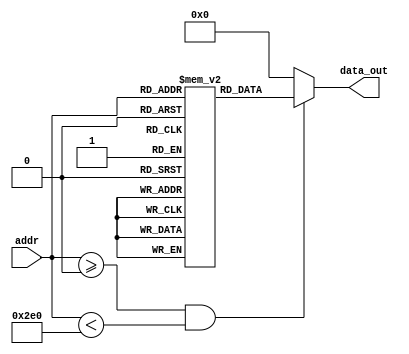
// ----------------------------------------------------------------------
//  HLS HDL:        Verilog Netlister
//  HLS Version:    2023.2/1059873 Production Release
//  HLS Date:       Mon Aug  7 10:54:31 PDT 2023
// 
//  Generated by:   r12016@cad40
//  Generated date: Thu Jun 13 03:09:42 2024
// ----------------------------------------------------------------------

// 
module UNET_IP_batchnorm_relumgc_rom_11_736_5_1 (addr, data_out
);
  input [9:0]addr ;
  output [4:0]data_out ;


  // Constants for ROM dimensions
  parameter n_width    = 5;
  parameter n_size     = 736;
  parameter n_numports = 1;
  parameter n_addr_w   = 10;
  parameter n_inreg    = 0;
  parameter n_outreg   = 0;

  // Declare storage for memory elements
  reg [4:0] mem [735:0];

  // Declare output registers
  reg [4:0] data_out_t;

  // Initialize ROM contents
  initial begin: rom_init_blk
    mem[0] <= 5'b10000;
    mem[1] <= 5'b01111;
    mem[2] <= 5'b10000;
    mem[3] <= 5'b01111;
    mem[4] <= 5'b01111;
    mem[5] <= 5'b10000;
    mem[6] <= 5'b01111;
    mem[7] <= 5'b01111;
    mem[8] <= 5'b10000;
    mem[9] <= 5'b01111;
    mem[10] <= 5'b01111;
    mem[11] <= 5'b01111;
    mem[12] <= 5'b10000;
    mem[13] <= 5'b01111;
    mem[14] <= 5'b01111;
    mem[15] <= 5'b01111;
    mem[16] <= 5'b10000;
    mem[17] <= 5'b01111;
    mem[18] <= 5'b01111;
    mem[19] <= 5'b10000;
    mem[20] <= 5'b10000;
    mem[21] <= 5'b01111;
    mem[22] <= 5'b10000;
    mem[23] <= 5'b01111;
    mem[24] <= 5'b01111;
    mem[25] <= 5'b10000;
    mem[26] <= 5'b10000;
    mem[27] <= 5'b01111;
    mem[28] <= 5'b01111;
    mem[29] <= 5'b10000;
    mem[30] <= 5'b10000;
    mem[31] <= 5'b10000;
    mem[32] <= 5'b01111;
    mem[33] <= 5'b10000;
    mem[34] <= 5'b01111;
    mem[35] <= 5'b10000;
    mem[36] <= 5'b10000;
    mem[37] <= 5'b01111;
    mem[38] <= 5'b01111;
    mem[39] <= 5'b10000;
    mem[40] <= 5'b10000;
    mem[41] <= 5'b10000;
    mem[42] <= 5'b10000;
    mem[43] <= 5'b10000;
    mem[44] <= 5'b10000;
    mem[45] <= 5'b10000;
    mem[46] <= 5'b01111;
    mem[47] <= 5'b01111;
    mem[48] <= 5'b01111;
    mem[49] <= 5'b01111;
    mem[50] <= 5'b10000;
    mem[51] <= 5'b10000;
    mem[52] <= 5'b10000;
    mem[53] <= 5'b10000;
    mem[54] <= 5'b01111;
    mem[55] <= 5'b01111;
    mem[56] <= 5'b10000;
    mem[57] <= 5'b10000;
    mem[58] <= 5'b10000;
    mem[59] <= 5'b10000;
    mem[60] <= 5'b01111;
    mem[61] <= 5'b10000;
    mem[62] <= 5'b10000;
    mem[63] <= 5'b10000;
    mem[64] <= 5'b01111;
    mem[65] <= 5'b01111;
    mem[66] <= 5'b01111;
    mem[67] <= 5'b10000;
    mem[68] <= 5'b01111;
    mem[69] <= 5'b10000;
    mem[70] <= 5'b10000;
    mem[71] <= 5'b01111;
    mem[72] <= 5'b10000;
    mem[73] <= 5'b01111;
    mem[74] <= 5'b01111;
    mem[75] <= 5'b10000;
    mem[76] <= 5'b10000;
    mem[77] <= 5'b01111;
    mem[78] <= 5'b10000;
    mem[79] <= 5'b10000;
    mem[80] <= 5'b10000;
    mem[81] <= 5'b01111;
    mem[82] <= 5'b10000;
    mem[83] <= 5'b10000;
    mem[84] <= 5'b01111;
    mem[85] <= 5'b01111;
    mem[86] <= 5'b10000;
    mem[87] <= 5'b01111;
    mem[88] <= 5'b10000;
    mem[89] <= 5'b10000;
    mem[90] <= 5'b01111;
    mem[91] <= 5'b10000;
    mem[92] <= 5'b01111;
    mem[93] <= 5'b10000;
    mem[94] <= 5'b10000;
    mem[95] <= 5'b01111;
    mem[96] <= 5'b10000;
    mem[97] <= 5'b01111;
    mem[98] <= 5'b01111;
    mem[99] <= 5'b01111;
    mem[100] <= 5'b10000;
    mem[101] <= 5'b01111;
    mem[102] <= 5'b10000;
    mem[103] <= 5'b01111;
    mem[104] <= 5'b10000;
    mem[105] <= 5'b01111;
    mem[106] <= 5'b01111;
    mem[107] <= 5'b10000;
    mem[108] <= 5'b10000;
    mem[109] <= 5'b01111;
    mem[110] <= 5'b10000;
    mem[111] <= 5'b10000;
    mem[112] <= 5'b10000;
    mem[113] <= 5'b10000;
    mem[114] <= 5'b01111;
    mem[115] <= 5'b01111;
    mem[116] <= 5'b10000;
    mem[117] <= 5'b10000;
    mem[118] <= 5'b10000;
    mem[119] <= 5'b01111;
    mem[120] <= 5'b01111;
    mem[121] <= 5'b01111;
    mem[122] <= 5'b10000;
    mem[123] <= 5'b01111;
    mem[124] <= 5'b01111;
    mem[125] <= 5'b01111;
    mem[126] <= 5'b10000;
    mem[127] <= 5'b10000;
    mem[128] <= 5'b01111;
    mem[129] <= 5'b10000;
    mem[130] <= 5'b10000;
    mem[131] <= 5'b10000;
    mem[132] <= 5'b10000;
    mem[133] <= 5'b10000;
    mem[134] <= 5'b10000;
    mem[135] <= 5'b01111;
    mem[136] <= 5'b01111;
    mem[137] <= 5'b10000;
    mem[138] <= 5'b01111;
    mem[139] <= 5'b10000;
    mem[140] <= 5'b10000;
    mem[141] <= 5'b01111;
    mem[142] <= 5'b01111;
    mem[143] <= 5'b10000;
    mem[144] <= 5'b01111;
    mem[145] <= 5'b10000;
    mem[146] <= 5'b01111;
    mem[147] <= 5'b10000;
    mem[148] <= 5'b01111;
    mem[149] <= 5'b01111;
    mem[150] <= 5'b01111;
    mem[151] <= 5'b10000;
    mem[152] <= 5'b01111;
    mem[153] <= 5'b01111;
    mem[154] <= 5'b01111;
    mem[155] <= 5'b10000;
    mem[156] <= 5'b01111;
    mem[157] <= 5'b10000;
    mem[158] <= 5'b01111;
    mem[159] <= 5'b01111;
    mem[160] <= 5'b10000;
    mem[161] <= 5'b01111;
    mem[162] <= 5'b01111;
    mem[163] <= 5'b10000;
    mem[164] <= 5'b01111;
    mem[165] <= 5'b10000;
    mem[166] <= 5'b10000;
    mem[167] <= 5'b01111;
    mem[168] <= 5'b01111;
    mem[169] <= 5'b10000;
    mem[170] <= 5'b10000;
    mem[171] <= 5'b01111;
    mem[172] <= 5'b01111;
    mem[173] <= 5'b01111;
    mem[174] <= 5'b01111;
    mem[175] <= 5'b10000;
    mem[176] <= 5'b10000;
    mem[177] <= 5'b01111;
    mem[178] <= 5'b01111;
    mem[179] <= 5'b01111;
    mem[180] <= 5'b01111;
    mem[181] <= 5'b10000;
    mem[182] <= 5'b01111;
    mem[183] <= 5'b01111;
    mem[184] <= 5'b10000;
    mem[185] <= 5'b10000;
    mem[186] <= 5'b10000;
    mem[187] <= 5'b01111;
    mem[188] <= 5'b01111;
    mem[189] <= 5'b10000;
    mem[190] <= 5'b10000;
    mem[191] <= 5'b01111;
    mem[192] <= 5'b01111;
    mem[193] <= 5'b10000;
    mem[194] <= 5'b01111;
    mem[195] <= 5'b01111;
    mem[196] <= 5'b01111;
    mem[197] <= 5'b10000;
    mem[198] <= 5'b10000;
    mem[199] <= 5'b01111;
    mem[200] <= 5'b01111;
    mem[201] <= 5'b01111;
    mem[202] <= 5'b01111;
    mem[203] <= 5'b01111;
    mem[204] <= 5'b10000;
    mem[205] <= 5'b01111;
    mem[206] <= 5'b01111;
    mem[207] <= 5'b10000;
    mem[208] <= 5'b10000;
    mem[209] <= 5'b01111;
    mem[210] <= 5'b10000;
    mem[211] <= 5'b01111;
    mem[212] <= 5'b10000;
    mem[213] <= 5'b10000;
    mem[214] <= 5'b01111;
    mem[215] <= 5'b01111;
    mem[216] <= 5'b01111;
    mem[217] <= 5'b01111;
    mem[218] <= 5'b10000;
    mem[219] <= 5'b01111;
    mem[220] <= 5'b10000;
    mem[221] <= 5'b01111;
    mem[222] <= 5'b01111;
    mem[223] <= 5'b01111;
    mem[224] <= 5'b01111;
    mem[225] <= 5'b10000;
    mem[226] <= 5'b01111;
    mem[227] <= 5'b10000;
    mem[228] <= 5'b01111;
    mem[229] <= 5'b10000;
    mem[230] <= 5'b01111;
    mem[231] <= 5'b10000;
    mem[232] <= 5'b10000;
    mem[233] <= 5'b01111;
    mem[234] <= 5'b01111;
    mem[235] <= 5'b01111;
    mem[236] <= 5'b01111;
    mem[237] <= 5'b01111;
    mem[238] <= 5'b01111;
    mem[239] <= 5'b10000;
    mem[240] <= 5'b01111;
    mem[241] <= 5'b01111;
    mem[242] <= 5'b01111;
    mem[243] <= 5'b01111;
    mem[244] <= 5'b10000;
    mem[245] <= 5'b01111;
    mem[246] <= 5'b01111;
    mem[247] <= 5'b10000;
    mem[248] <= 5'b01111;
    mem[249] <= 5'b01111;
    mem[250] <= 5'b01111;
    mem[251] <= 5'b10000;
    mem[252] <= 5'b10000;
    mem[253] <= 5'b01111;
    mem[254] <= 5'b01111;
    mem[255] <= 5'b01111;
    mem[256] <= 5'b01111;
    mem[257] <= 5'b01111;
    mem[258] <= 5'b01111;
    mem[259] <= 5'b10000;
    mem[260] <= 5'b01111;
    mem[261] <= 5'b01111;
    mem[262] <= 5'b01111;
    mem[263] <= 5'b10000;
    mem[264] <= 5'b10000;
    mem[265] <= 5'b01111;
    mem[266] <= 5'b01111;
    mem[267] <= 5'b01111;
    mem[268] <= 5'b01111;
    mem[269] <= 5'b01111;
    mem[270] <= 5'b01111;
    mem[271] <= 5'b01111;
    mem[272] <= 5'b01111;
    mem[273] <= 5'b10000;
    mem[274] <= 5'b01111;
    mem[275] <= 5'b01111;
    mem[276] <= 5'b01111;
    mem[277] <= 5'b01111;
    mem[278] <= 5'b01111;
    mem[279] <= 5'b10000;
    mem[280] <= 5'b01111;
    mem[281] <= 5'b01111;
    mem[282] <= 5'b01111;
    mem[283] <= 5'b01111;
    mem[284] <= 5'b01111;
    mem[285] <= 5'b01111;
    mem[286] <= 5'b01111;
    mem[287] <= 5'b01111;
    mem[288] <= 5'b01111;
    mem[289] <= 5'b01111;
    mem[290] <= 5'b01111;
    mem[291] <= 5'b01111;
    mem[292] <= 5'b10000;
    mem[293] <= 5'b01111;
    mem[294] <= 5'b01111;
    mem[295] <= 5'b01111;
    mem[296] <= 5'b10000;
    mem[297] <= 5'b10000;
    mem[298] <= 5'b10000;
    mem[299] <= 5'b01111;
    mem[300] <= 5'b01111;
    mem[301] <= 5'b01111;
    mem[302] <= 5'b10000;
    mem[303] <= 5'b10000;
    mem[304] <= 5'b01111;
    mem[305] <= 5'b10000;
    mem[306] <= 5'b10000;
    mem[307] <= 5'b01111;
    mem[308] <= 5'b10000;
    mem[309] <= 5'b01111;
    mem[310] <= 5'b10000;
    mem[311] <= 5'b10000;
    mem[312] <= 5'b01111;
    mem[313] <= 5'b01111;
    mem[314] <= 5'b10000;
    mem[315] <= 5'b01111;
    mem[316] <= 5'b01111;
    mem[317] <= 5'b01111;
    mem[318] <= 5'b01111;
    mem[319] <= 5'b10000;
    mem[320] <= 5'b01111;
    mem[321] <= 5'b10000;
    mem[322] <= 5'b01111;
    mem[323] <= 5'b01111;
    mem[324] <= 5'b10000;
    mem[325] <= 5'b01111;
    mem[326] <= 5'b01111;
    mem[327] <= 5'b01111;
    mem[328] <= 5'b01111;
    mem[329] <= 5'b01111;
    mem[330] <= 5'b01111;
    mem[331] <= 5'b01111;
    mem[332] <= 5'b10000;
    mem[333] <= 5'b01111;
    mem[334] <= 5'b10000;
    mem[335] <= 5'b01111;
    mem[336] <= 5'b01111;
    mem[337] <= 5'b01111;
    mem[338] <= 5'b10000;
    mem[339] <= 5'b01111;
    mem[340] <= 5'b10000;
    mem[341] <= 5'b01111;
    mem[342] <= 5'b01111;
    mem[343] <= 5'b01111;
    mem[344] <= 5'b01111;
    mem[345] <= 5'b10000;
    mem[346] <= 5'b01111;
    mem[347] <= 5'b01111;
    mem[348] <= 5'b01111;
    mem[349] <= 5'b01111;
    mem[350] <= 5'b01111;
    mem[351] <= 5'b01111;
    mem[352] <= 5'b01111;
    mem[353] <= 5'b01111;
    mem[354] <= 5'b01111;
    mem[355] <= 5'b10000;
    mem[356] <= 5'b01111;
    mem[357] <= 5'b01111;
    mem[358] <= 5'b01111;
    mem[359] <= 5'b10000;
    mem[360] <= 5'b01111;
    mem[361] <= 5'b10000;
    mem[362] <= 5'b10000;
    mem[363] <= 5'b01111;
    mem[364] <= 5'b01111;
    mem[365] <= 5'b01111;
    mem[366] <= 5'b01111;
    mem[367] <= 5'b10000;
    mem[368] <= 5'b01111;
    mem[369] <= 5'b10000;
    mem[370] <= 5'b01111;
    mem[371] <= 5'b01111;
    mem[372] <= 5'b01111;
    mem[373] <= 5'b01111;
    mem[374] <= 5'b01111;
    mem[375] <= 5'b01111;
    mem[376] <= 5'b01111;
    mem[377] <= 5'b01111;
    mem[378] <= 5'b10000;
    mem[379] <= 5'b10000;
    mem[380] <= 5'b01111;
    mem[381] <= 5'b01111;
    mem[382] <= 5'b10000;
    mem[383] <= 5'b01111;
    mem[384] <= 5'b01111;
    mem[385] <= 5'b01111;
    mem[386] <= 5'b01111;
    mem[387] <= 5'b01111;
    mem[388] <= 5'b01111;
    mem[389] <= 5'b10000;
    mem[390] <= 5'b01111;
    mem[391] <= 5'b10000;
    mem[392] <= 5'b01111;
    mem[393] <= 5'b01111;
    mem[394] <= 5'b01111;
    mem[395] <= 5'b01111;
    mem[396] <= 5'b01111;
    mem[397] <= 5'b01111;
    mem[398] <= 5'b01111;
    mem[399] <= 5'b01111;
    mem[400] <= 5'b01111;
    mem[401] <= 5'b01111;
    mem[402] <= 5'b01111;
    mem[403] <= 5'b10000;
    mem[404] <= 5'b01111;
    mem[405] <= 5'b01111;
    mem[406] <= 5'b01111;
    mem[407] <= 5'b10000;
    mem[408] <= 5'b01111;
    mem[409] <= 5'b01111;
    mem[410] <= 5'b01111;
    mem[411] <= 5'b01111;
    mem[412] <= 5'b10000;
    mem[413] <= 5'b01111;
    mem[414] <= 5'b01111;
    mem[415] <= 5'b10000;
    mem[416] <= 5'b01111;
    mem[417] <= 5'b10000;
    mem[418] <= 5'b10000;
    mem[419] <= 5'b10000;
    mem[420] <= 5'b10000;
    mem[421] <= 5'b10000;
    mem[422] <= 5'b01111;
    mem[423] <= 5'b01111;
    mem[424] <= 5'b01111;
    mem[425] <= 5'b01111;
    mem[426] <= 5'b01111;
    mem[427] <= 5'b10000;
    mem[428] <= 5'b01111;
    mem[429] <= 5'b01111;
    mem[430] <= 5'b01111;
    mem[431] <= 5'b01111;
    mem[432] <= 5'b01111;
    mem[433] <= 5'b01111;
    mem[434] <= 5'b01111;
    mem[435] <= 5'b10000;
    mem[436] <= 5'b01111;
    mem[437] <= 5'b01111;
    mem[438] <= 5'b01111;
    mem[439] <= 5'b01111;
    mem[440] <= 5'b10000;
    mem[441] <= 5'b01111;
    mem[442] <= 5'b01111;
    mem[443] <= 5'b10000;
    mem[444] <= 5'b01111;
    mem[445] <= 5'b01111;
    mem[446] <= 5'b01111;
    mem[447] <= 5'b01111;
    mem[448] <= 5'b01111;
    mem[449] <= 5'b01111;
    mem[450] <= 5'b01111;
    mem[451] <= 5'b01111;
    mem[452] <= 5'b01111;
    mem[453] <= 5'b01111;
    mem[454] <= 5'b01111;
    mem[455] <= 5'b01111;
    mem[456] <= 5'b01111;
    mem[457] <= 5'b10000;
    mem[458] <= 5'b10000;
    mem[459] <= 5'b10000;
    mem[460] <= 5'b01111;
    mem[461] <= 5'b01111;
    mem[462] <= 5'b01111;
    mem[463] <= 5'b10000;
    mem[464] <= 5'b01111;
    mem[465] <= 5'b01111;
    mem[466] <= 5'b10000;
    mem[467] <= 5'b01111;
    mem[468] <= 5'b01111;
    mem[469] <= 5'b10000;
    mem[470] <= 5'b01111;
    mem[471] <= 5'b01111;
    mem[472] <= 5'b01111;
    mem[473] <= 5'b01111;
    mem[474] <= 5'b01111;
    mem[475] <= 5'b01111;
    mem[476] <= 5'b01111;
    mem[477] <= 5'b01111;
    mem[478] <= 5'b01111;
    mem[479] <= 5'b01111;
    mem[480] <= 5'b01111;
    mem[481] <= 5'b01111;
    mem[482] <= 5'b01111;
    mem[483] <= 5'b01111;
    mem[484] <= 5'b01111;
    mem[485] <= 5'b01111;
    mem[486] <= 5'b01111;
    mem[487] <= 5'b01111;
    mem[488] <= 5'b10000;
    mem[489] <= 5'b10000;
    mem[490] <= 5'b01111;
    mem[491] <= 5'b01111;
    mem[492] <= 5'b01111;
    mem[493] <= 5'b01111;
    mem[494] <= 5'b01111;
    mem[495] <= 5'b01111;
    mem[496] <= 5'b01111;
    mem[497] <= 5'b10000;
    mem[498] <= 5'b01111;
    mem[499] <= 5'b01111;
    mem[500] <= 5'b01111;
    mem[501] <= 5'b10000;
    mem[502] <= 5'b10000;
    mem[503] <= 5'b01111;
    mem[504] <= 5'b01111;
    mem[505] <= 5'b01111;
    mem[506] <= 5'b01111;
    mem[507] <= 5'b10000;
    mem[508] <= 5'b01111;
    mem[509] <= 5'b10000;
    mem[510] <= 5'b01111;
    mem[511] <= 5'b10000;
    mem[512] <= 5'b10000;
    mem[513] <= 5'b10000;
    mem[514] <= 5'b10000;
    mem[515] <= 5'b01111;
    mem[516] <= 5'b01111;
    mem[517] <= 5'b10000;
    mem[518] <= 5'b01111;
    mem[519] <= 5'b10000;
    mem[520] <= 5'b10000;
    mem[521] <= 5'b10000;
    mem[522] <= 5'b10000;
    mem[523] <= 5'b01111;
    mem[524] <= 5'b01111;
    mem[525] <= 5'b10000;
    mem[526] <= 5'b10000;
    mem[527] <= 5'b01111;
    mem[528] <= 5'b10000;
    mem[529] <= 5'b10000;
    mem[530] <= 5'b01111;
    mem[531] <= 5'b10000;
    mem[532] <= 5'b01111;
    mem[533] <= 5'b10000;
    mem[534] <= 5'b01111;
    mem[535] <= 5'b01111;
    mem[536] <= 5'b01111;
    mem[537] <= 5'b01111;
    mem[538] <= 5'b01111;
    mem[539] <= 5'b01111;
    mem[540] <= 5'b01111;
    mem[541] <= 5'b01111;
    mem[542] <= 5'b01111;
    mem[543] <= 5'b10000;
    mem[544] <= 5'b01111;
    mem[545] <= 5'b01111;
    mem[546] <= 5'b01111;
    mem[547] <= 5'b01111;
    mem[548] <= 5'b01111;
    mem[549] <= 5'b10000;
    mem[550] <= 5'b01111;
    mem[551] <= 5'b10000;
    mem[552] <= 5'b01111;
    mem[553] <= 5'b10000;
    mem[554] <= 5'b01111;
    mem[555] <= 5'b10000;
    mem[556] <= 5'b10000;
    mem[557] <= 5'b10000;
    mem[558] <= 5'b10000;
    mem[559] <= 5'b01111;
    mem[560] <= 5'b10000;
    mem[561] <= 5'b01111;
    mem[562] <= 5'b01111;
    mem[563] <= 5'b01111;
    mem[564] <= 5'b01111;
    mem[565] <= 5'b01111;
    mem[566] <= 5'b01111;
    mem[567] <= 5'b10000;
    mem[568] <= 5'b10000;
    mem[569] <= 5'b01111;
    mem[570] <= 5'b01111;
    mem[571] <= 5'b10000;
    mem[572] <= 5'b01111;
    mem[573] <= 5'b10000;
    mem[574] <= 5'b10000;
    mem[575] <= 5'b01111;
    mem[576] <= 5'b10000;
    mem[577] <= 5'b01111;
    mem[578] <= 5'b01111;
    mem[579] <= 5'b01111;
    mem[580] <= 5'b10000;
    mem[581] <= 5'b01111;
    mem[582] <= 5'b01111;
    mem[583] <= 5'b01111;
    mem[584] <= 5'b10000;
    mem[585] <= 5'b01111;
    mem[586] <= 5'b10000;
    mem[587] <= 5'b01111;
    mem[588] <= 5'b10000;
    mem[589] <= 5'b10000;
    mem[590] <= 5'b01111;
    mem[591] <= 5'b01111;
    mem[592] <= 5'b10000;
    mem[593] <= 5'b01111;
    mem[594] <= 5'b01111;
    mem[595] <= 5'b10000;
    mem[596] <= 5'b10000;
    mem[597] <= 5'b01111;
    mem[598] <= 5'b10000;
    mem[599] <= 5'b01111;
    mem[600] <= 5'b01111;
    mem[601] <= 5'b01111;
    mem[602] <= 5'b01111;
    mem[603] <= 5'b01111;
    mem[604] <= 5'b01111;
    mem[605] <= 5'b10000;
    mem[606] <= 5'b01111;
    mem[607] <= 5'b01111;
    mem[608] <= 5'b01111;
    mem[609] <= 5'b01111;
    mem[610] <= 5'b01111;
    mem[611] <= 5'b01111;
    mem[612] <= 5'b01111;
    mem[613] <= 5'b01111;
    mem[614] <= 5'b01111;
    mem[615] <= 5'b01111;
    mem[616] <= 5'b01111;
    mem[617] <= 5'b01111;
    mem[618] <= 5'b01111;
    mem[619] <= 5'b10000;
    mem[620] <= 5'b01111;
    mem[621] <= 5'b10000;
    mem[622] <= 5'b01111;
    mem[623] <= 5'b10000;
    mem[624] <= 5'b01111;
    mem[625] <= 5'b10000;
    mem[626] <= 5'b01111;
    mem[627] <= 5'b01111;
    mem[628] <= 5'b01111;
    mem[629] <= 5'b01111;
    mem[630] <= 5'b10000;
    mem[631] <= 5'b01111;
    mem[632] <= 5'b10000;
    mem[633] <= 5'b10000;
    mem[634] <= 5'b01111;
    mem[635] <= 5'b01111;
    mem[636] <= 5'b10000;
    mem[637] <= 5'b01111;
    mem[638] <= 5'b10000;
    mem[639] <= 5'b01111;
    mem[640] <= 5'b10000;
    mem[641] <= 5'b10000;
    mem[642] <= 5'b10000;
    mem[643] <= 5'b10000;
    mem[644] <= 5'b01111;
    mem[645] <= 5'b01111;
    mem[646] <= 5'b01111;
    mem[647] <= 5'b01111;
    mem[648] <= 5'b10000;
    mem[649] <= 5'b01111;
    mem[650] <= 5'b10000;
    mem[651] <= 5'b01111;
    mem[652] <= 5'b01111;
    mem[653] <= 5'b10000;
    mem[654] <= 5'b01111;
    mem[655] <= 5'b10000;
    mem[656] <= 5'b01111;
    mem[657] <= 5'b10000;
    mem[658] <= 5'b01111;
    mem[659] <= 5'b10000;
    mem[660] <= 5'b01111;
    mem[661] <= 5'b01111;
    mem[662] <= 5'b01111;
    mem[663] <= 5'b01111;
    mem[664] <= 5'b01111;
    mem[665] <= 5'b01111;
    mem[666] <= 5'b10000;
    mem[667] <= 5'b01111;
    mem[668] <= 5'b01111;
    mem[669] <= 5'b01111;
    mem[670] <= 5'b01111;
    mem[671] <= 5'b01111;
    mem[672] <= 5'b01111;
    mem[673] <= 5'b01111;
    mem[674] <= 5'b01111;
    mem[675] <= 5'b01111;
    mem[676] <= 5'b01111;
    mem[677] <= 5'b01111;
    mem[678] <= 5'b01111;
    mem[679] <= 5'b01111;
    mem[680] <= 5'b01111;
    mem[681] <= 5'b01111;
    mem[682] <= 5'b01111;
    mem[683] <= 5'b01111;
    mem[684] <= 5'b01111;
    mem[685] <= 5'b01111;
    mem[686] <= 5'b01111;
    mem[687] <= 5'b01111;
    mem[688] <= 5'b10000;
    mem[689] <= 5'b01111;
    mem[690] <= 5'b01111;
    mem[691] <= 5'b10000;
    mem[692] <= 5'b01111;
    mem[693] <= 5'b01111;
    mem[694] <= 5'b01111;
    mem[695] <= 5'b01111;
    mem[696] <= 5'b01111;
    mem[697] <= 5'b01111;
    mem[698] <= 5'b01111;
    mem[699] <= 5'b10000;
    mem[700] <= 5'b10000;
    mem[701] <= 5'b10000;
    mem[702] <= 5'b10000;
    mem[703] <= 5'b01111;
    mem[704] <= 5'b01111;
    mem[705] <= 5'b01111;
    mem[706] <= 5'b01111;
    mem[707] <= 5'b10000;
    mem[708] <= 5'b10000;
    mem[709] <= 5'b01111;
    mem[710] <= 5'b10000;
    mem[711] <= 5'b10000;
    mem[712] <= 5'b01111;
    mem[713] <= 5'b01111;
    mem[714] <= 5'b01111;
    mem[715] <= 5'b01111;
    mem[716] <= 5'b01111;
    mem[717] <= 5'b01111;
    mem[718] <= 5'b01111;
    mem[719] <= 5'b01111;
    mem[720] <= 5'b01111;
    mem[721] <= 5'b01111;
    mem[722] <= 5'b10000;
    mem[723] <= 5'b01111;
    mem[724] <= 5'b01111;
    mem[725] <= 5'b01111;
    mem[726] <= 5'b10000;
    mem[727] <= 5'b10000;
    mem[728] <= 5'b10011;
    mem[729] <= 5'b01111;
    mem[730] <= 5'b01111;
    mem[731] <= 5'b01111;
    mem[732] <= 5'b10010;
    mem[733] <= 5'b10000;
    mem[734] <= 5'b10011;
    mem[735] <= 5'b01111;
  end


  // Combinational ROM read block
  always@(*)
  begin
    if ( addr >= 'd0 && addr < 'd736)
      data_out_t <= mem[addr];
    else
    begin
      data_out_t <= {(5){1'b0}};
    end
  end

  // Output register assignment
  assign data_out = data_out_t;

endmodule